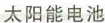
太阳能电池